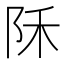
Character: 𱀇